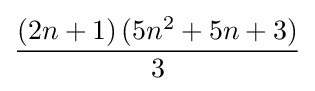
{\frac {(2n+1)\,(5n^{2}+5n+3)}{3}}